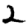
Digit: 2